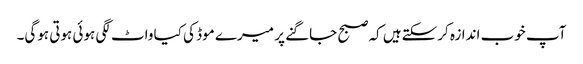
آپ خوب اندازہ کرسکتےہیں کہ صبح جاگنے پر میرے موڈ کی کیا واٹ لگی ہوئی ہوتی ہوگی۔